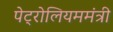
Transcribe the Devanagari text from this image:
पेट्रोलियममंत्री